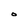
Character: O